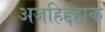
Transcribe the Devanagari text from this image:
अजहिद्दहाक